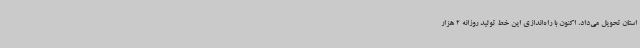
استان تحویل می‌داد، اکنون با راه‌اندازی این خط تولید روزانه 2 هزار